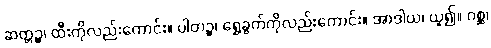
ဆတ္တဉ္စ၊ ထီးကိုလည်းကောင်း။ ပါတဉ္စ၊ ရွှေခွက်ကိုလည်းကောင်း။ အာဒါယ၊ ယူ၍။ ဂစ္ဆ၊